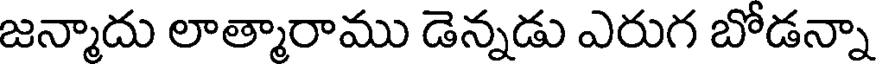
జన్మాదు లాత్మారాము డెన్నడు ఎరుగ బోడన్నా